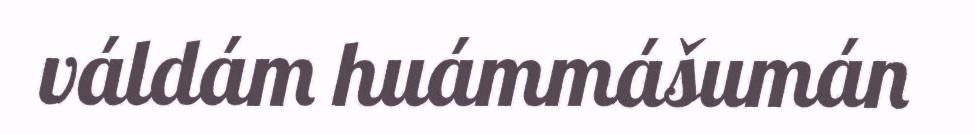
váldám huámmášumán